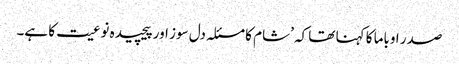
صدر اوباما کا کہنا تھا کہ ’شام کا مسئلہ دل سوز اور پیچیدہ نوعیت کا ہے۔